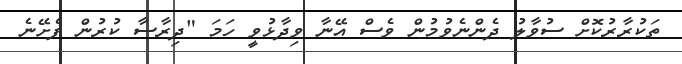
ތަކުރާރުކޮށް ސުވާލު ދެންނެވުމުން ވެސް އޭނާ ވިދާޅުވީ ހަމަ "ދިރާސާ ކުރުން ފެށޭނެ